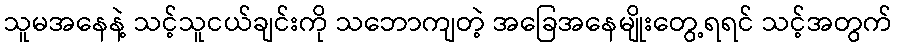
သူမအနေနဲ့ သင့်သူငယ်ချင်းကို သဘောကျတဲ့ အခြေအနေမျိုးတွေ့ရရင် သင့်အတွက်